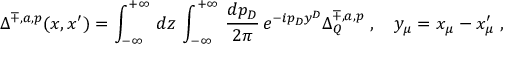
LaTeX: \Delta ^ { \mp , a , p } ( x , x ^ { \prime } ) = \int _ { - \infty } ^ { + \infty } \, d z \, \int _ { - \infty } ^ { + \infty } \, \frac { d p _ { D } } { 2 \pi } \, e ^ { - i p _ { D } y ^ { D } } \Delta _ { Q } ^ { \mp , a , p } \; , \quad y _ { \mu } = x _ { \mu } - x _ { \mu } ^ { \prime } \; ,